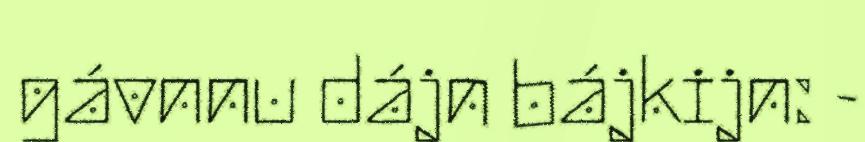
gávnnu dájn bájkijn: -